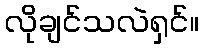
လိုချင်သလဲရှင်။